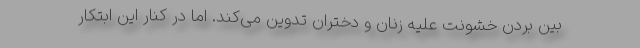
بین بردن خشونت علیه زنان و دختران تدوین می‌کند. اما در کنار این ابتکار